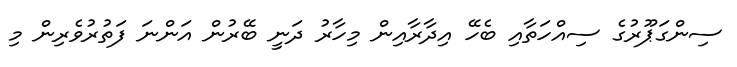
ސިންގަޕޫރުގެ ސިއްހަތާއި ބެހޭ އިދާރާއިން މިހާރު ދަނީ ބޭރުން އަންނަ ފަތުރުވެރިން މި